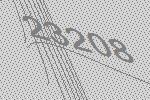
23208